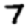
Digit: 7